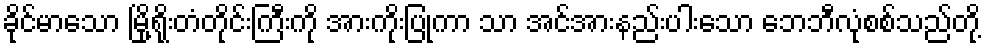
ခိုင်မာသော မြို့ရိုးတံတိုင်းကြီးကို အားကိုးပြုကာ သာ အင်အားနည်းပါးသော ဘေဘီလုံစစ်သည်တို့